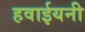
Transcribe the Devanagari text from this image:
हवाईयनी